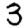
Digit: 3